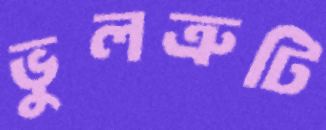
ভুলত্রুটি